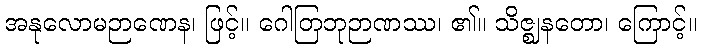
အနုလောမဉာဏေန၊ ဖြင့်။ ဂေါတြဘုဉာဏဿ၊ ၏။ သိဇ္ဈနတော၊ ကြောင့်။